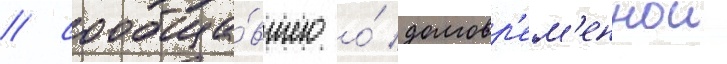
/ сообща́вшего о́ долговр'ем'еннои